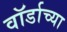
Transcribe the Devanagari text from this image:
वॉर्डाच्या